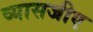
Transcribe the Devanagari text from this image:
व्यासजीए